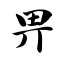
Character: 畀